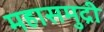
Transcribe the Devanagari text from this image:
महासमुद्री